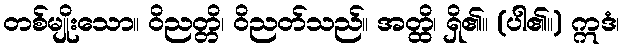
တစ်မျိုးသော။ ဝိညတ္တိ၊ ဝိညတ်သည်။ အတ္ထိ၊ ရှိ၏။ (ပါ၏။) ဣဒံ၊